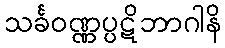
သင်္ခဝဏ္ဏပ္ပဋိဘာဂါနိ